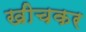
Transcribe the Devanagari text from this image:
खीचकर